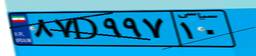
۸۷D۹۹۷۱۰